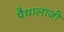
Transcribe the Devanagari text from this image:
पैथालाजी